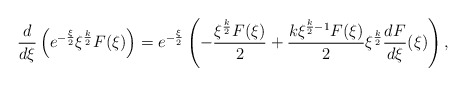
\begin{align*}\frac{d}{d\xi}\left(e^{-\frac{\xi}{2}}\xi^{\frac{k}{2}}F(\xi)\right)=e^{-\frac{\xi}{2}} \left(-\frac{\xi^{\frac{k}{2}}F(\xi)}{2} +\frac{k\xi^{\frac{k}{2}-1}F(\xi)}{2}\xi^{\frac{k}{2}}\frac{dF}{d\xi}(\xi)\right),\end{align*}